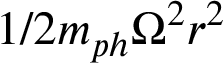
1 / 2 m _ { p h } \Omega ^ { 2 } r ^ { 2 }